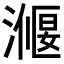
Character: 𭲣